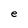
Character: e